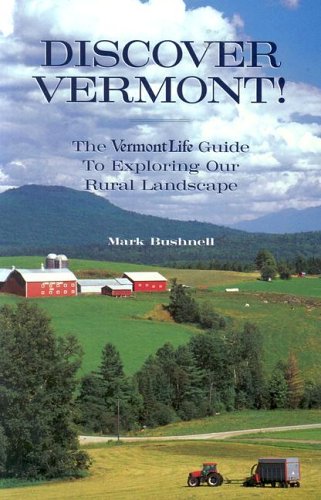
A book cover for Discover Vermont: The Vermont Life Guide to Exploring Our Rural Landscape; Mark Bushnell; Travel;